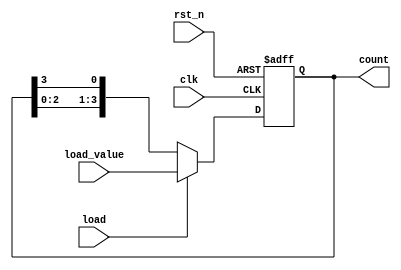
module LoadableRingCounter #(parameter N = 4) (
    input wire clk,         // Clock signal
    input wire rst_n,      // Active low reset signal
    input wire load,       // Load signal
    input wire [N-1:0] load_value, // Value to load into the counter
    output reg [N-1:0] count // Current count value
);

    // Asynchronous reset and load functionality
    always @(posedge clk or negedge rst_n) begin
        if (!rst_n) begin
            count <= {N{1'b0}}; // Initialize counter to 0 on reset
        end else if (load) begin
            count <= load_value; // Load the new value
        end else begin
            // Shift the counter in a ring configuration
            count <= {count[N-2:0], count[N-1]}; // Rotate right
        end
    end

endmodule